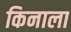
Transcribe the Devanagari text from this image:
किनाला